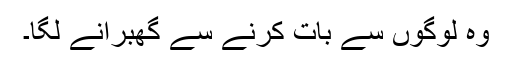
وہ لوگوں سے بات کرنے سے گھبرانے لگا۔